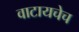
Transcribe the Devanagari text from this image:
वाटायचेच